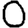
Digit: 0